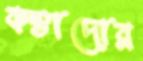
কন্তাদোর